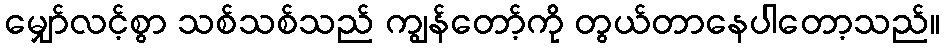
မျှော်လင့်စွာ သစ်သစ်သည် ကျွန်တော့်ကို တွယ်တာနေပါတော့သည်။